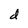
Character: d